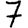
Digit: 7